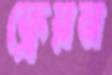
ফ্রেয়ন